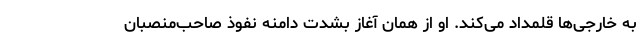
به خارجی‌ها قلمداد می‌کند. او از همان آغاز بشدت دامنه نفوذ صاحب‌منصبان